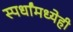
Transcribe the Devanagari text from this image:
स्पर्धांमध्येही